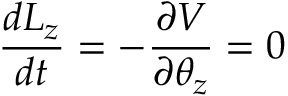
{ \frac { d L _ { z } } { d t } } = - { \frac { \partial V } { \partial { \theta _ { z } } } } = 0